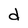
Character: d